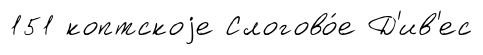
151 коптскоjе Слогово́е Д'ив'ес